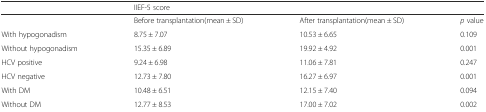
<table><thead><tr><td></td><td colspan="2"><b>IIEF-5 score</b></td><td></td></tr></thead><tbody><tr><td></td><td>Before transplantation(mean ± SD)</td><td>After transplantation(mean ± SD)</td><td><i>p</i> value</td></tr><tr><td>With hypogonadism</td><td>8.75 ± 7.07</td><td>10.53 ± 6.65</td><td>0.109</td></tr><tr><td>Without hypogonadism</td><td>15.35 ± 6.89</td><td>19.92 ± 4.92</td><td>0.001</td></tr><tr><td>HCV positive</td><td>9.24 ± 6.98</td><td>11.06 ± 7.81</td><td>0.247</td></tr><tr><td>HCV negative</td><td>12.73 ± 7.80</td><td>16.27 ± 6.97</td><td>0.001</td></tr><tr><td>With DM</td><td>10.48 ± 6.51</td><td>12.15 ± 7.40</td><td>0.094</td></tr><tr><td>Without DM</td><td>12.77 ± 8.53</td><td>17.00 ± 7.02</td><td>0.002</td></tr></tbody></table>